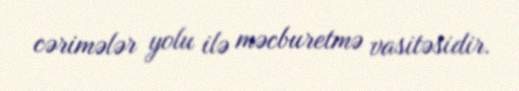
cərimələr yolu ilə məcburetmə vasitəsidir.